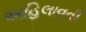
અહિલાવતી